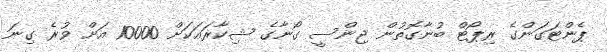
ޕެންޓަގަންގެ ރިޕޯޓް ބުނާގޮތުން ޖިންސީ ގޯނާގެ ޝިކާރައަކަށް 10000 އަށް ވުރެ ގިނަ